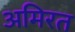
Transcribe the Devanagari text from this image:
अमिरत